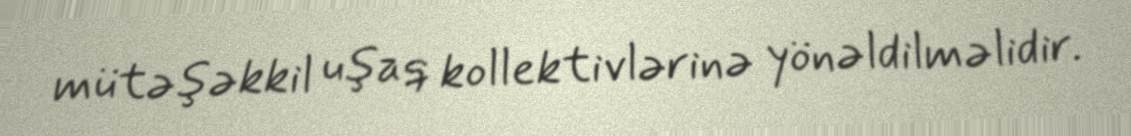
mütəşəkkil uşaq kollektivlərinə yönəldilməlidir.